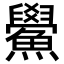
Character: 鱟